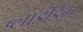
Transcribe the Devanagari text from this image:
ब्‍लाइंडिंग